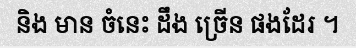
និង មាន ចំនេះ ដឹង ច្រើន ផងដែរ ។